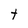
Character: t